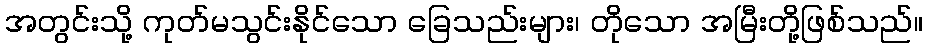
အတွင်းသို့ ကုတ်မသွင်းနိုင်သော ခြေသည်းများ၊ တိုသော အမြီးတို့ဖြစ်သည်။